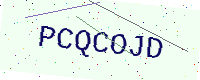
Text: PCQCOJD